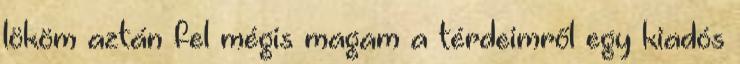
lököm aztán fel mégis magam a térdeimről egy kiadós